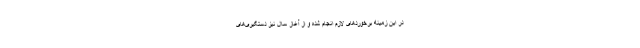
در این زمینه برخوردهای لازم انجام شده و از آغاز سال نیز دستگیری‌های